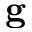
{ \bf g }